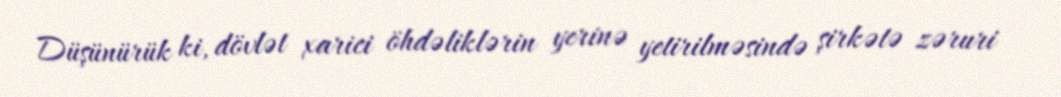
Düşünürük ki, dövlət xarici öhdəliklərin yerinə yetirilməsində şirkətə zəruri